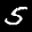
Label: 5